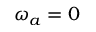
\omega _ { a } = 0